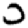
Digit: 0